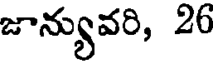
జాన్యువరి, 26